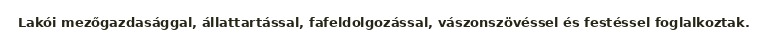
Lakói mezőgazdasággal, állattartással, fafeldolgozással, vászonszövéssel és festéssel foglalkoztak.